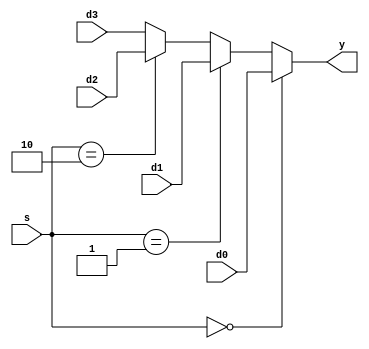
`timescale 1ns / 1ps


module mux4 #(parameter WIDTH = 8)(
	input wire[WIDTH-1:0] d0,d1,d2,d3,
	input wire[1:0] s,
	output wire[WIDTH-1:0] y
    );

	assign y = (s == 2'b00) ? d0 :
				(s == 2'b01) ? d1:
				(s == 2'b10) ? d2: d3;
endmodule